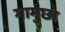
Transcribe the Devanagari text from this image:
गामुछा